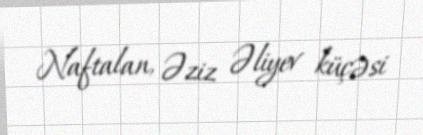
Naftalan, Əziz Əliyev küçəsi